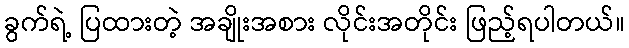
ခွက်ရဲ့ ပြထားတဲ့ အချိုးအစား လိုင်းအတိုင်း ဖြည့်ရပါတယ်။